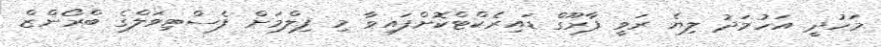
މަހުދީ އަހުމަދު ލިޔެ ރަވީ ފާރޫގް ޑައިރެކްޓްކޮށްފައިވާ މި ފިލްމަށް ފެސްޓިވަލްގެ ބްރޯންޒް